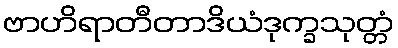
ဗာဟိရာတီတာဒိယံဒုက္ခသုတ္တံ